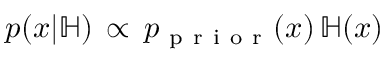
p ( x | \mathbb H ) \, \propto \, p _ { \mathrm { ~ p ~ r ~ i ~ o ~ r ~ } } ( x ) \, \mathbb H ( x )